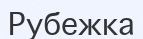
Рубежка